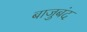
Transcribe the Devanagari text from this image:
बाजुबंद